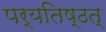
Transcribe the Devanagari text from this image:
पर्यतिष्ठत्